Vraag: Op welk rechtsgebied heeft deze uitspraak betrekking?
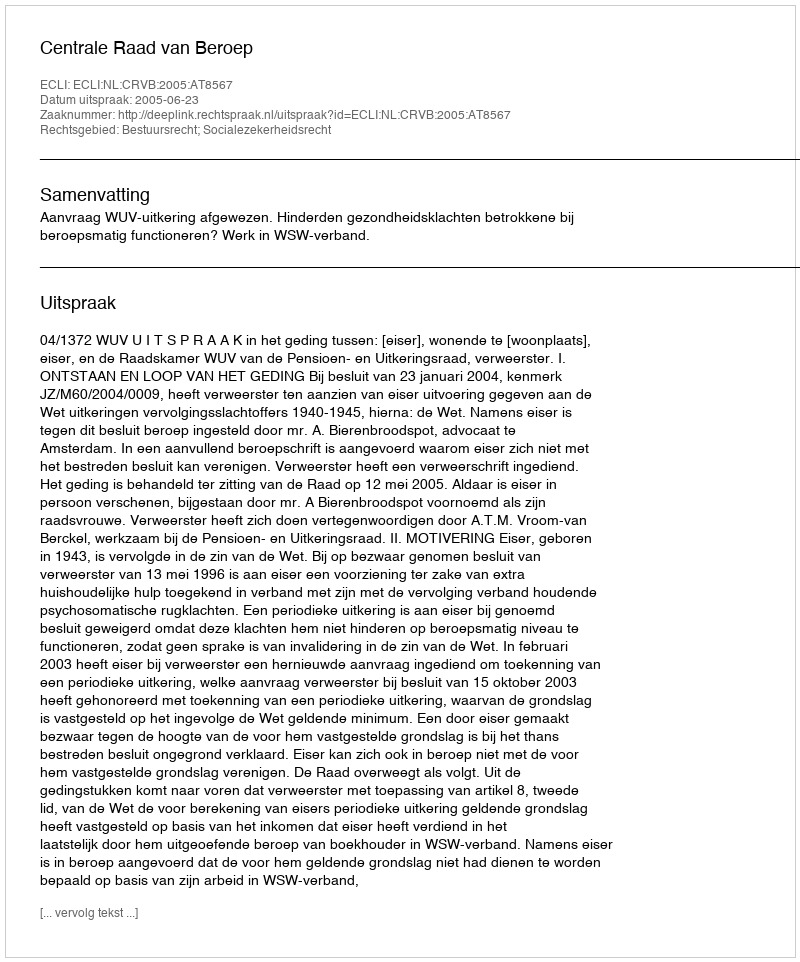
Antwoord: Bestuursrecht; Socialezekerheidsrecht